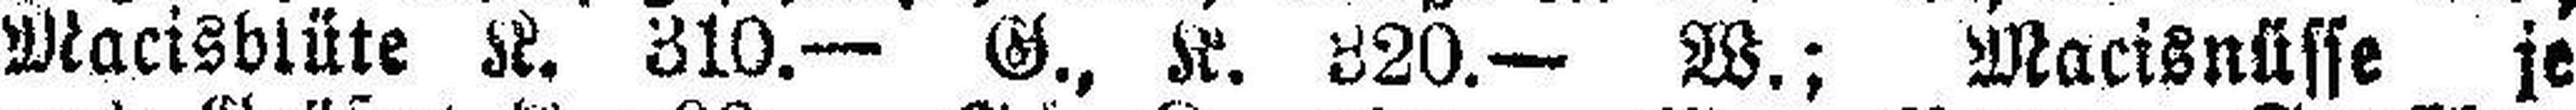
Macisblüte K. 310.— G., K. 320.— W.; Macisnüsse je